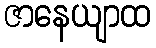
ဇာနေယျာထ